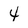
Character: 4